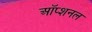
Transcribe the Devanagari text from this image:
ऑप्शनल